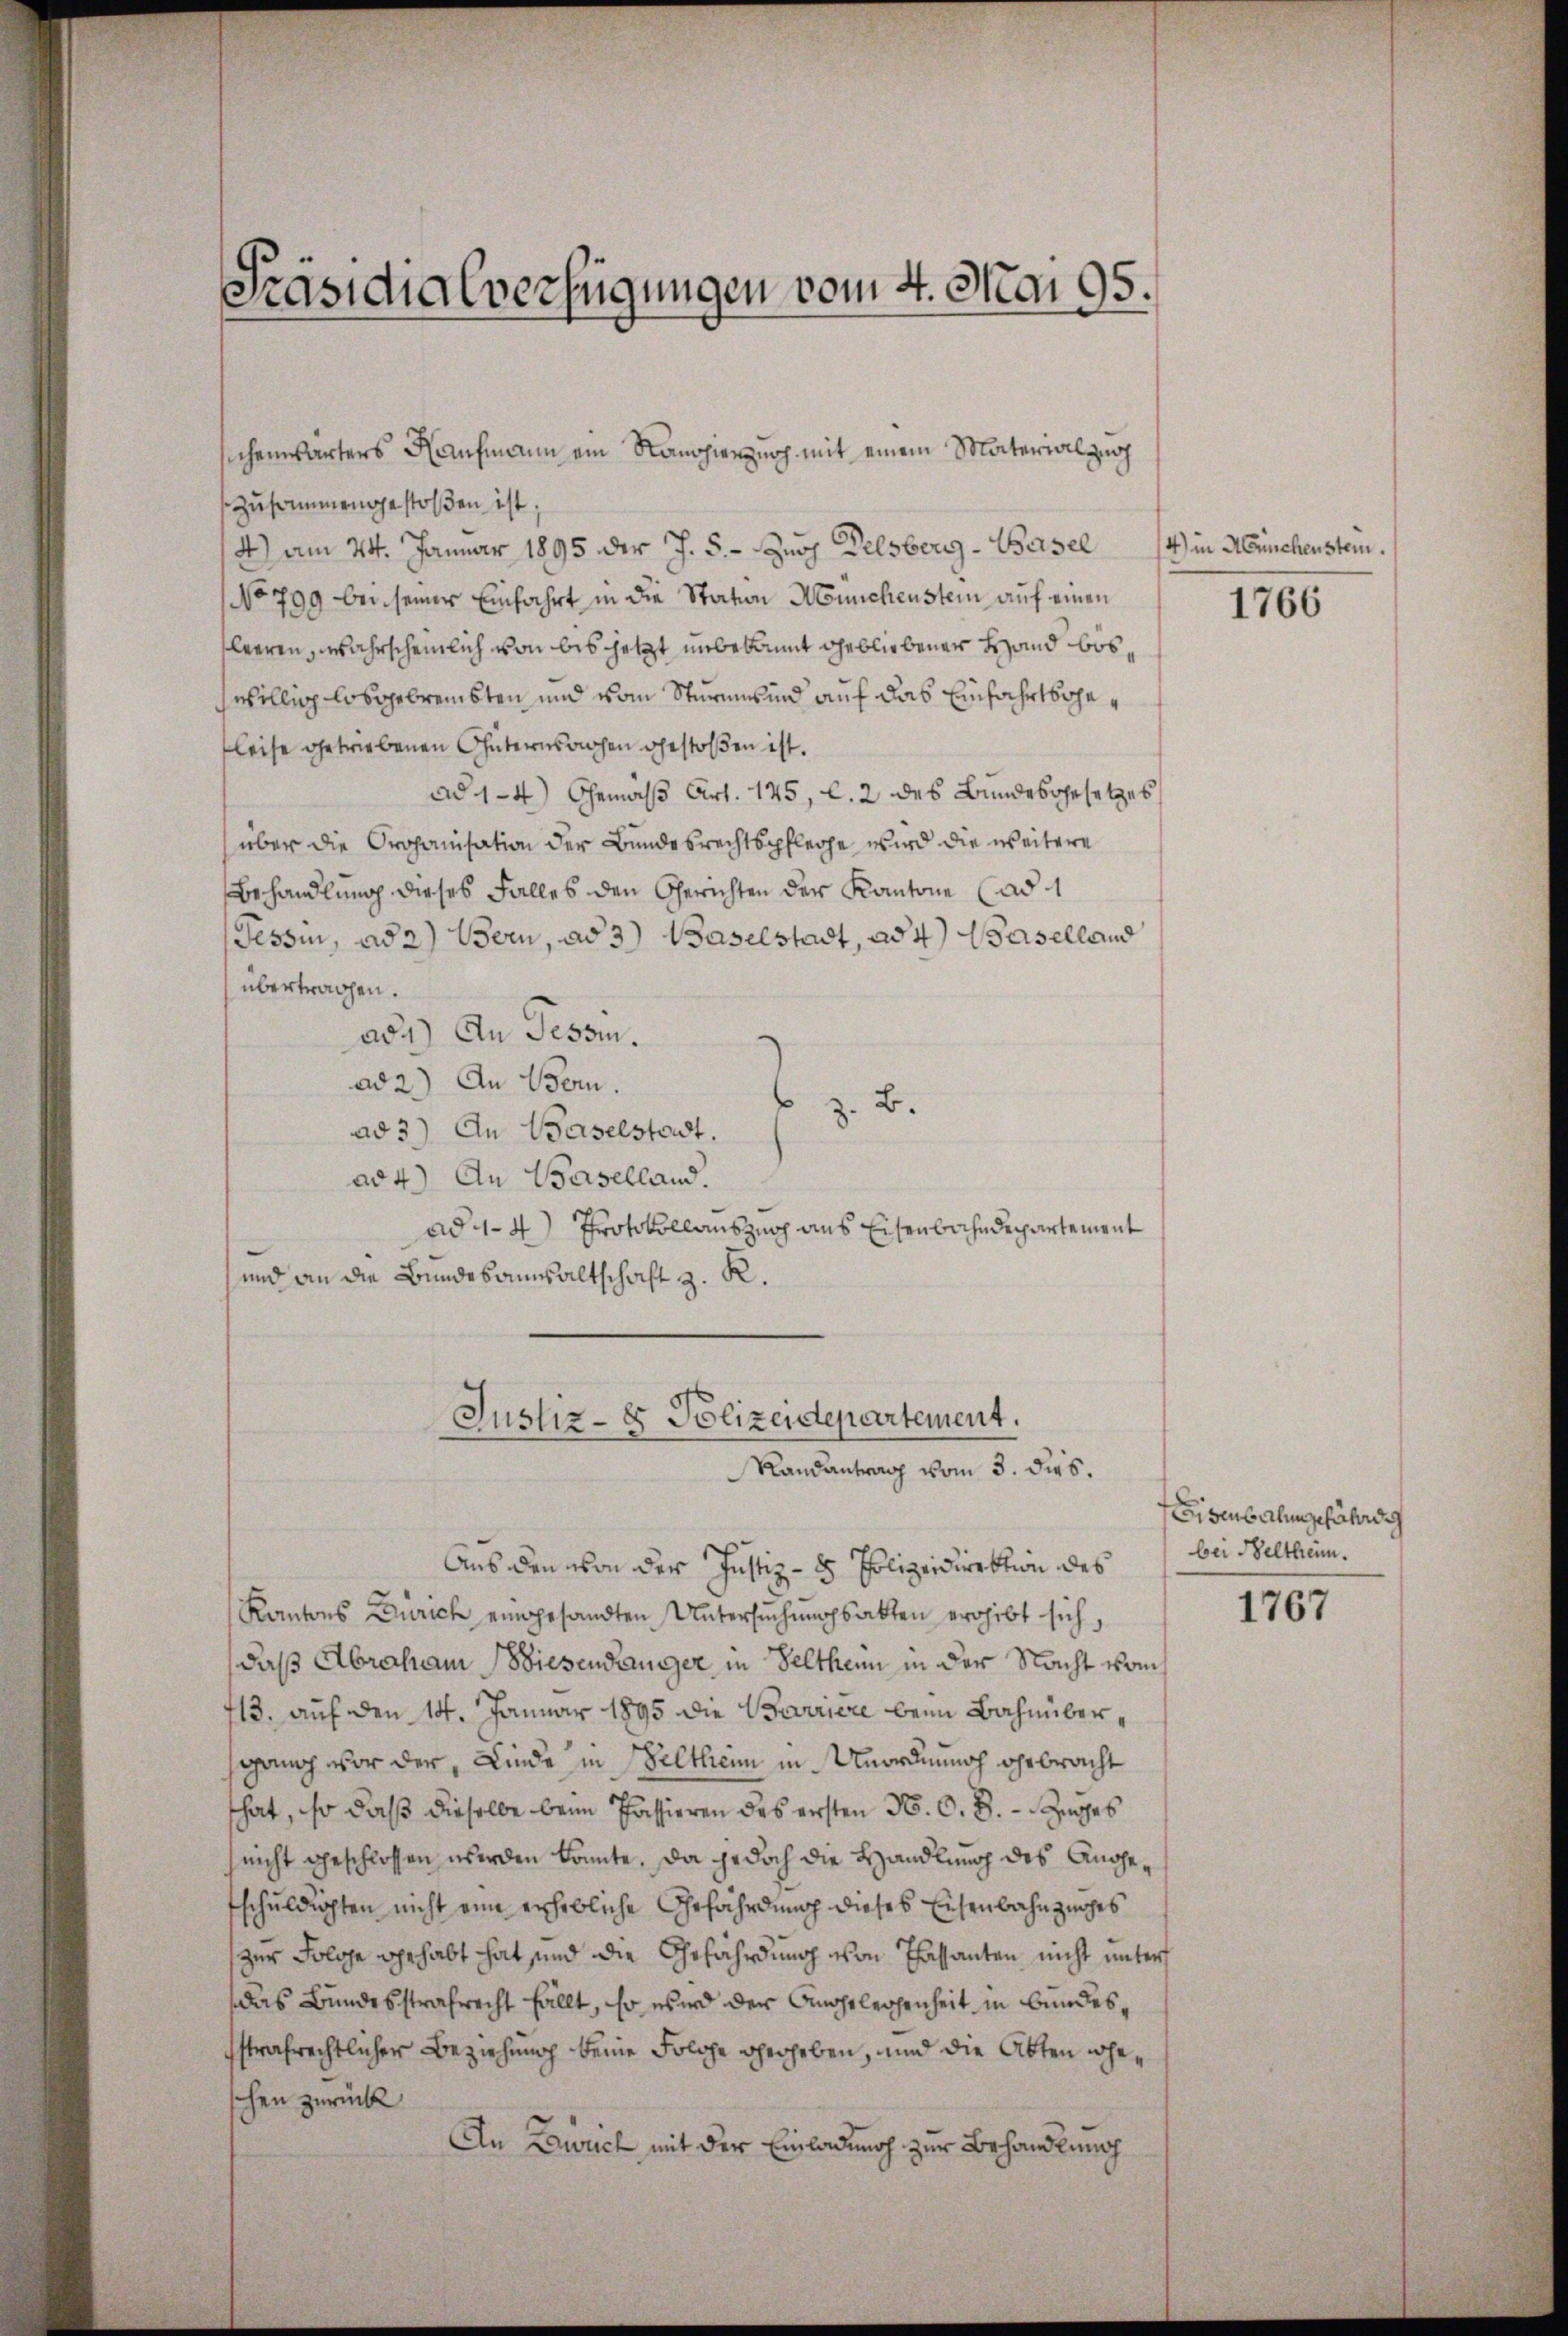
Präsidialverfügungen vom 4. Mai 95.

chenwärters Kaufmann ein Rangierung mit einem Material zu
zusammengestoßen ist.
4) am 24. Januar 1895 der J. 5. - Zur Delsberg - Basel
No 799 bei seiner Einfahrt in die Station Münchenstein auf einen
leeren, wahrscheinlich von bis jetzt unbekannt gebliebener Hand böswillig losgebremsten und vom Sturmesind auf das Einfahrtsgeleise getriebenen Güternsachen gestoßen ist.
ad 1-4) Gemäß Art. 145, l. 2 des Bundesgesetzes
über die Organisation der Bundesrechtspflege, wird die weitere
Behandlung dieses Falles den Gerichten der Kantone (ad 1
Tessin, ad 2.) Bern, ad 3) Baselstadt, ad 4.) Baselland
übertragen.
ad1) An Tessin.
ad 2.) An Bern.
z. B.
ad 3) An Baselstadt.
ad 4.) An Baselland.
ad 1. 4) Protokollauszug aus Eisenbahndepartement
und an die Bundesanwaltschaft z. K.
Justiz- & Polizeidepartement.

Aus den von der Justiz- & Polizeidirektion des
Kantons Zürich eingesandten Untersŭchŭngsakten ergibt sich,
daß Abraham Wiesendanger in Selthen in der Nacht vom
13. auf den 14. Januar 1895 die Barriere beim Bahnübergang vor der Linde in Weltheim in Unordnung gebracht
that, so daß dieselbe beim Passieren des ersten N. O. S. - Zuges
nicht geschlossen werden könnte. Da jedoch die Handlung des Angefschuldigten nicht eine erhebliche Gefährdung dieses Eisenbahnzuges
zur Folge gehabt hat sind die Ehrfährdung von Passanten nicht unters
das Bundesstrafrecht fällt, so wird der Angelegenheit in Bundessstrafrechtlicher Beziehung keine Folge gerheben, und die Abten weschen zurück
An Zürich mit der Einladung zur Behandlung

Randantrag vom 3. ds.

4) in Münchenstein.

1766

Eisenbartungefährde
bei Beltheim.

1767